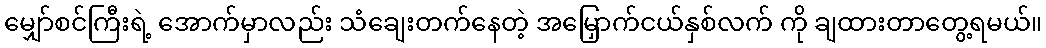
မျှော်စင်ကြီးရဲ့ အောက်မှာလည်း သံချေးတက်နေတဲ့ အမြှောက်ငယ်နှစ်လက် ကို ချထားတာတွေ့ရမယ်။